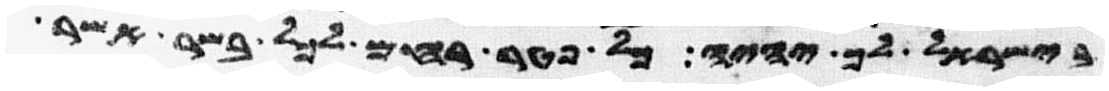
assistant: בישראל לך יהיה כל פטר רחם לכל בשר אשר